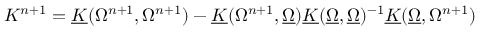
\begin{array} { r } { { K } ^ { n + 1 } = \underline { { K } } ( { \Omega } ^ { n + 1 } , { \Omega } ^ { n + 1 } ) - \underline { { K } } ( { \Omega } ^ { n + 1 } , \underline { { \Omega } } ) \underline { { K } } ( \underline { { \Omega } } , \underline { { \Omega } } ) ^ { - 1 } \underline { { K } } ( \underline { { \Omega } } , { \Omega } ^ { n + 1 } ) } \end{array}